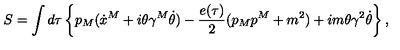
S = \int d \tau \left\{ p _ { M } ( \dot { x } ^ { M } + i \theta \gamma ^ { M } \dot { \theta } ) - { \frac { e ( \tau ) } { 2 } } ( p _ { M } p ^ { M } + m ^ { 2 } ) + i m \theta \gamma ^ { 2 } \dot { \theta } \right\} ,